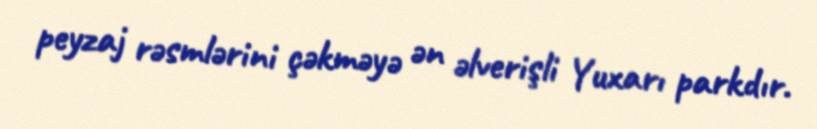
peyzaj rəsmlərini çəkməyə ən əlverişli Yuxarı parkdır.